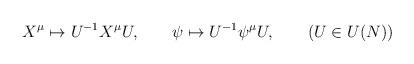
LaTeX: \begin{align*}X^{\mu} \mapsto U^{-1} X^{\mu} U, \qquad \psi \mapsto U^{-1} \psi^{\mu} U, \qquad (U \in U(N)) \end{align*}